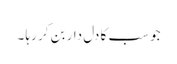
جو سب کا دل دار بن کر رہا ۔